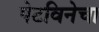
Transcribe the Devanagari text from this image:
पेटविनेचा